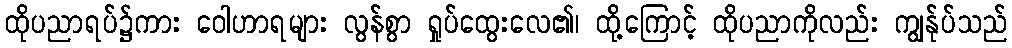
ထိုပညာရပ်၌ကား ဝေါဟာရများ လွန်စွာ ရှုပ်ထွေးလေ၏၊ ထို့ကြောင့် ထိုပညာကိုလည်း ကျွန်ုပ်သည်